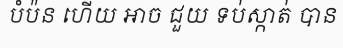
បំប៉ន ហើយ អាច ជួយ ទប់ស្កាត់ បាន